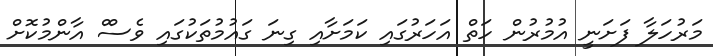
މަރުހަލާ ފަށަނީ އުމުރުން ހަތް އަހަރުގައި ކަމަށާއި ގިނަ ގައުމުތަކުގައި ވެސްް އާންމުކޮށް